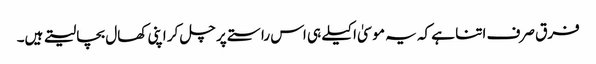
فرق صرف اتنا ہے کہ یہ موسیٰ اکیلے ہی اس راستے پر چل کر اپنی کھال بچا لیتے ہیں۔